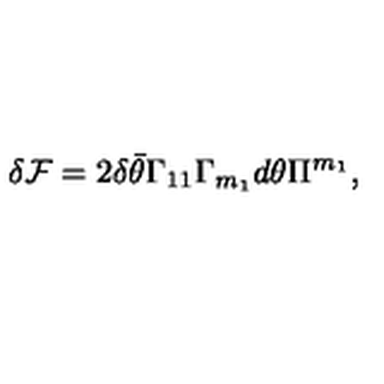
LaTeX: \delta { \cal F } = 2 \delta \bar { \theta } \Gamma _ { 1 1 } \Gamma _ { m _ { 1 } } d \theta \Pi ^ { m _ { 1 } } ,